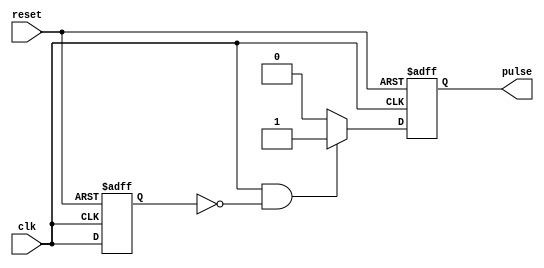
module Falling_Edge_Pulse_Generator (
    input wire clk,
    input wire reset,
    output reg pulse
);

reg previous_clk;

always @(posedge clk or posedge reset) begin
    if (reset) begin
        pulse <= 0;
        previous_clk <= 0;
    end else begin
        if (clk && !previous_clk) begin
            pulse <= 1;
        end else begin
            pulse <= 0;
        end
        previous_clk <= clk;
    end
end

endmodule